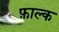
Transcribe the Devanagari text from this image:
फ़ाल्क